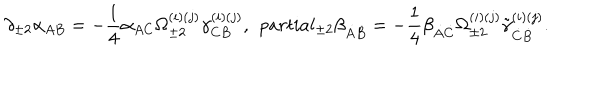
LaTeX: \partial _ { \pm 2 } \alpha _ { A B } = - \frac 1 4 \alpha _ { A C } \Omega _ { \pm 2 } ^ { ( i ) ( j ) } \gamma _ { C B } ^ { ( i ) ( j ) } , \ \, p a r t i a l _ { \pm 2 } \beta _ { \dot { A } \dot { B } } = - \frac 1 4 \beta _ { \dot { A } \dot { C } } \Omega _ { \pm 2 } ^ { ( i ) ( j ) } \tilde { \gamma } _ { \dot { C } \dot { B } } ^ { ( i ) ( j ) } .